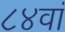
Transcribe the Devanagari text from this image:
८४वां